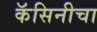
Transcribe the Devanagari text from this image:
कॅसिनीचा